Elephants and their diseases
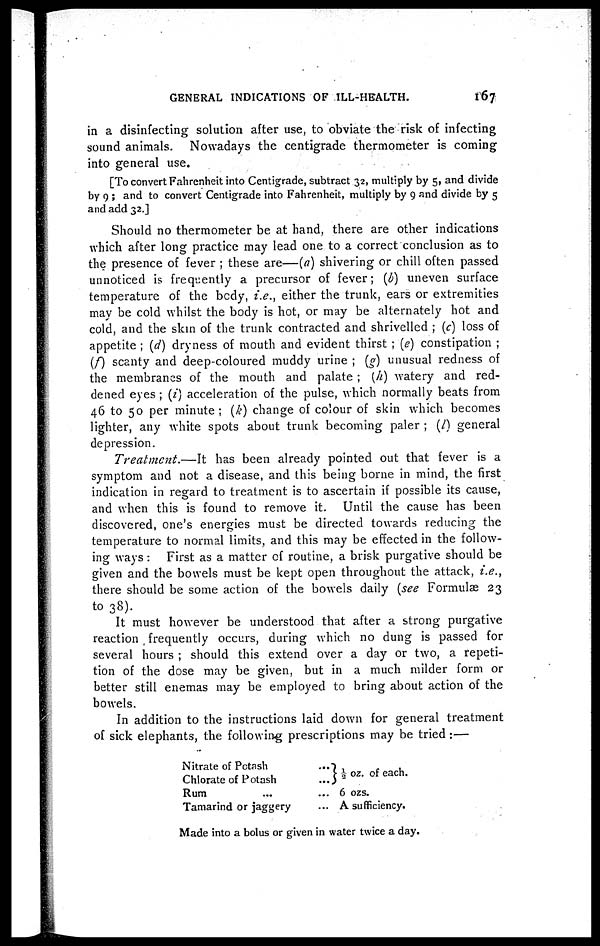
GENERAL INDICATIONS OF ILL-HEALTH.
167
in a disinfecting solution after use, to obviate the risk of infecting
sound animals. Nowadays the centigrade thermometer is coming
into general use.
[To convert Fahrenheit into Centigrade, subtract 32, multiply by 5, and divide
by 9 ; and to convert Centigrade into Fahrenheit, multiply by 9 and divide by 5
and add 32.]
Should no thermometer be at hand, there are other indications
which after long practice may lead one to a correct conclusion as to
the presence of fever ; these are—(a) shivering or chill often passed
unnoticed is frequently a precursor of fever; (b) uneven surface
temperature of the body, i.e., either the trunk, ears or extremities
may be cold whilst the body is hot, or may be alternately hot and
cold, and the skin of the trunk contracted and shrivelled ; (c) loss of
appetite ; (d) dryness of mouth and evident thirst ; (e) constipation ;
(f) scanty and deep-coloured muddy urine ; (g) unusual redness of
the membranes of the mouth and palate ; (h) watery and red-
dened eyes; (i) acceleration of the pulse, which normally beats from
46 to 50 per minute ; (k) change of colour of skin which becomes
lighter, any white spots about trunk becoming paler ; (/) general
depression.
Treatment.—It
has been already pointed out that fever is a
symptom and not a disease, and this being borne in mind, the first
indication in regard to treatment is to ascertain if possible its cause,
and when this is found to remove it. Until the cause has been
discovered, one's energies must be directed towards reducing the
temperature to normal limits, and this may be effected in the follow-
ing ways: First as a matter of routine, a brisk purgative should be
given and the bowels must be kept open throughout the attack, i.e.,
there should be some action of the bowels daily (see Formulae 23
to 38).
It must however be understood that after a strong purgative
reaction, frequently occurs, during which no dung is passed for
several hours ; should this extend over a day or two, a repeti-
tion of the dose may be given, but in a much milder form or
better still enemas may be employed to bring about action of the
bowels.
In addition to the instructions laid down for general treatment
of sick elephants, the following prescriptions may be tried :—
Nitrate of Potash
Chlorate of Potash
Rum
Tamarind or jaggery
... } ½ oz. of each.
... 6 ozs.
... A sufficiency.
Made into a bolus or given in water twice a day.